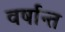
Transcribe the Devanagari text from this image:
वर्षान्त